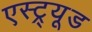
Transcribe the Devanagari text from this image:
एस्ट्र्यूड